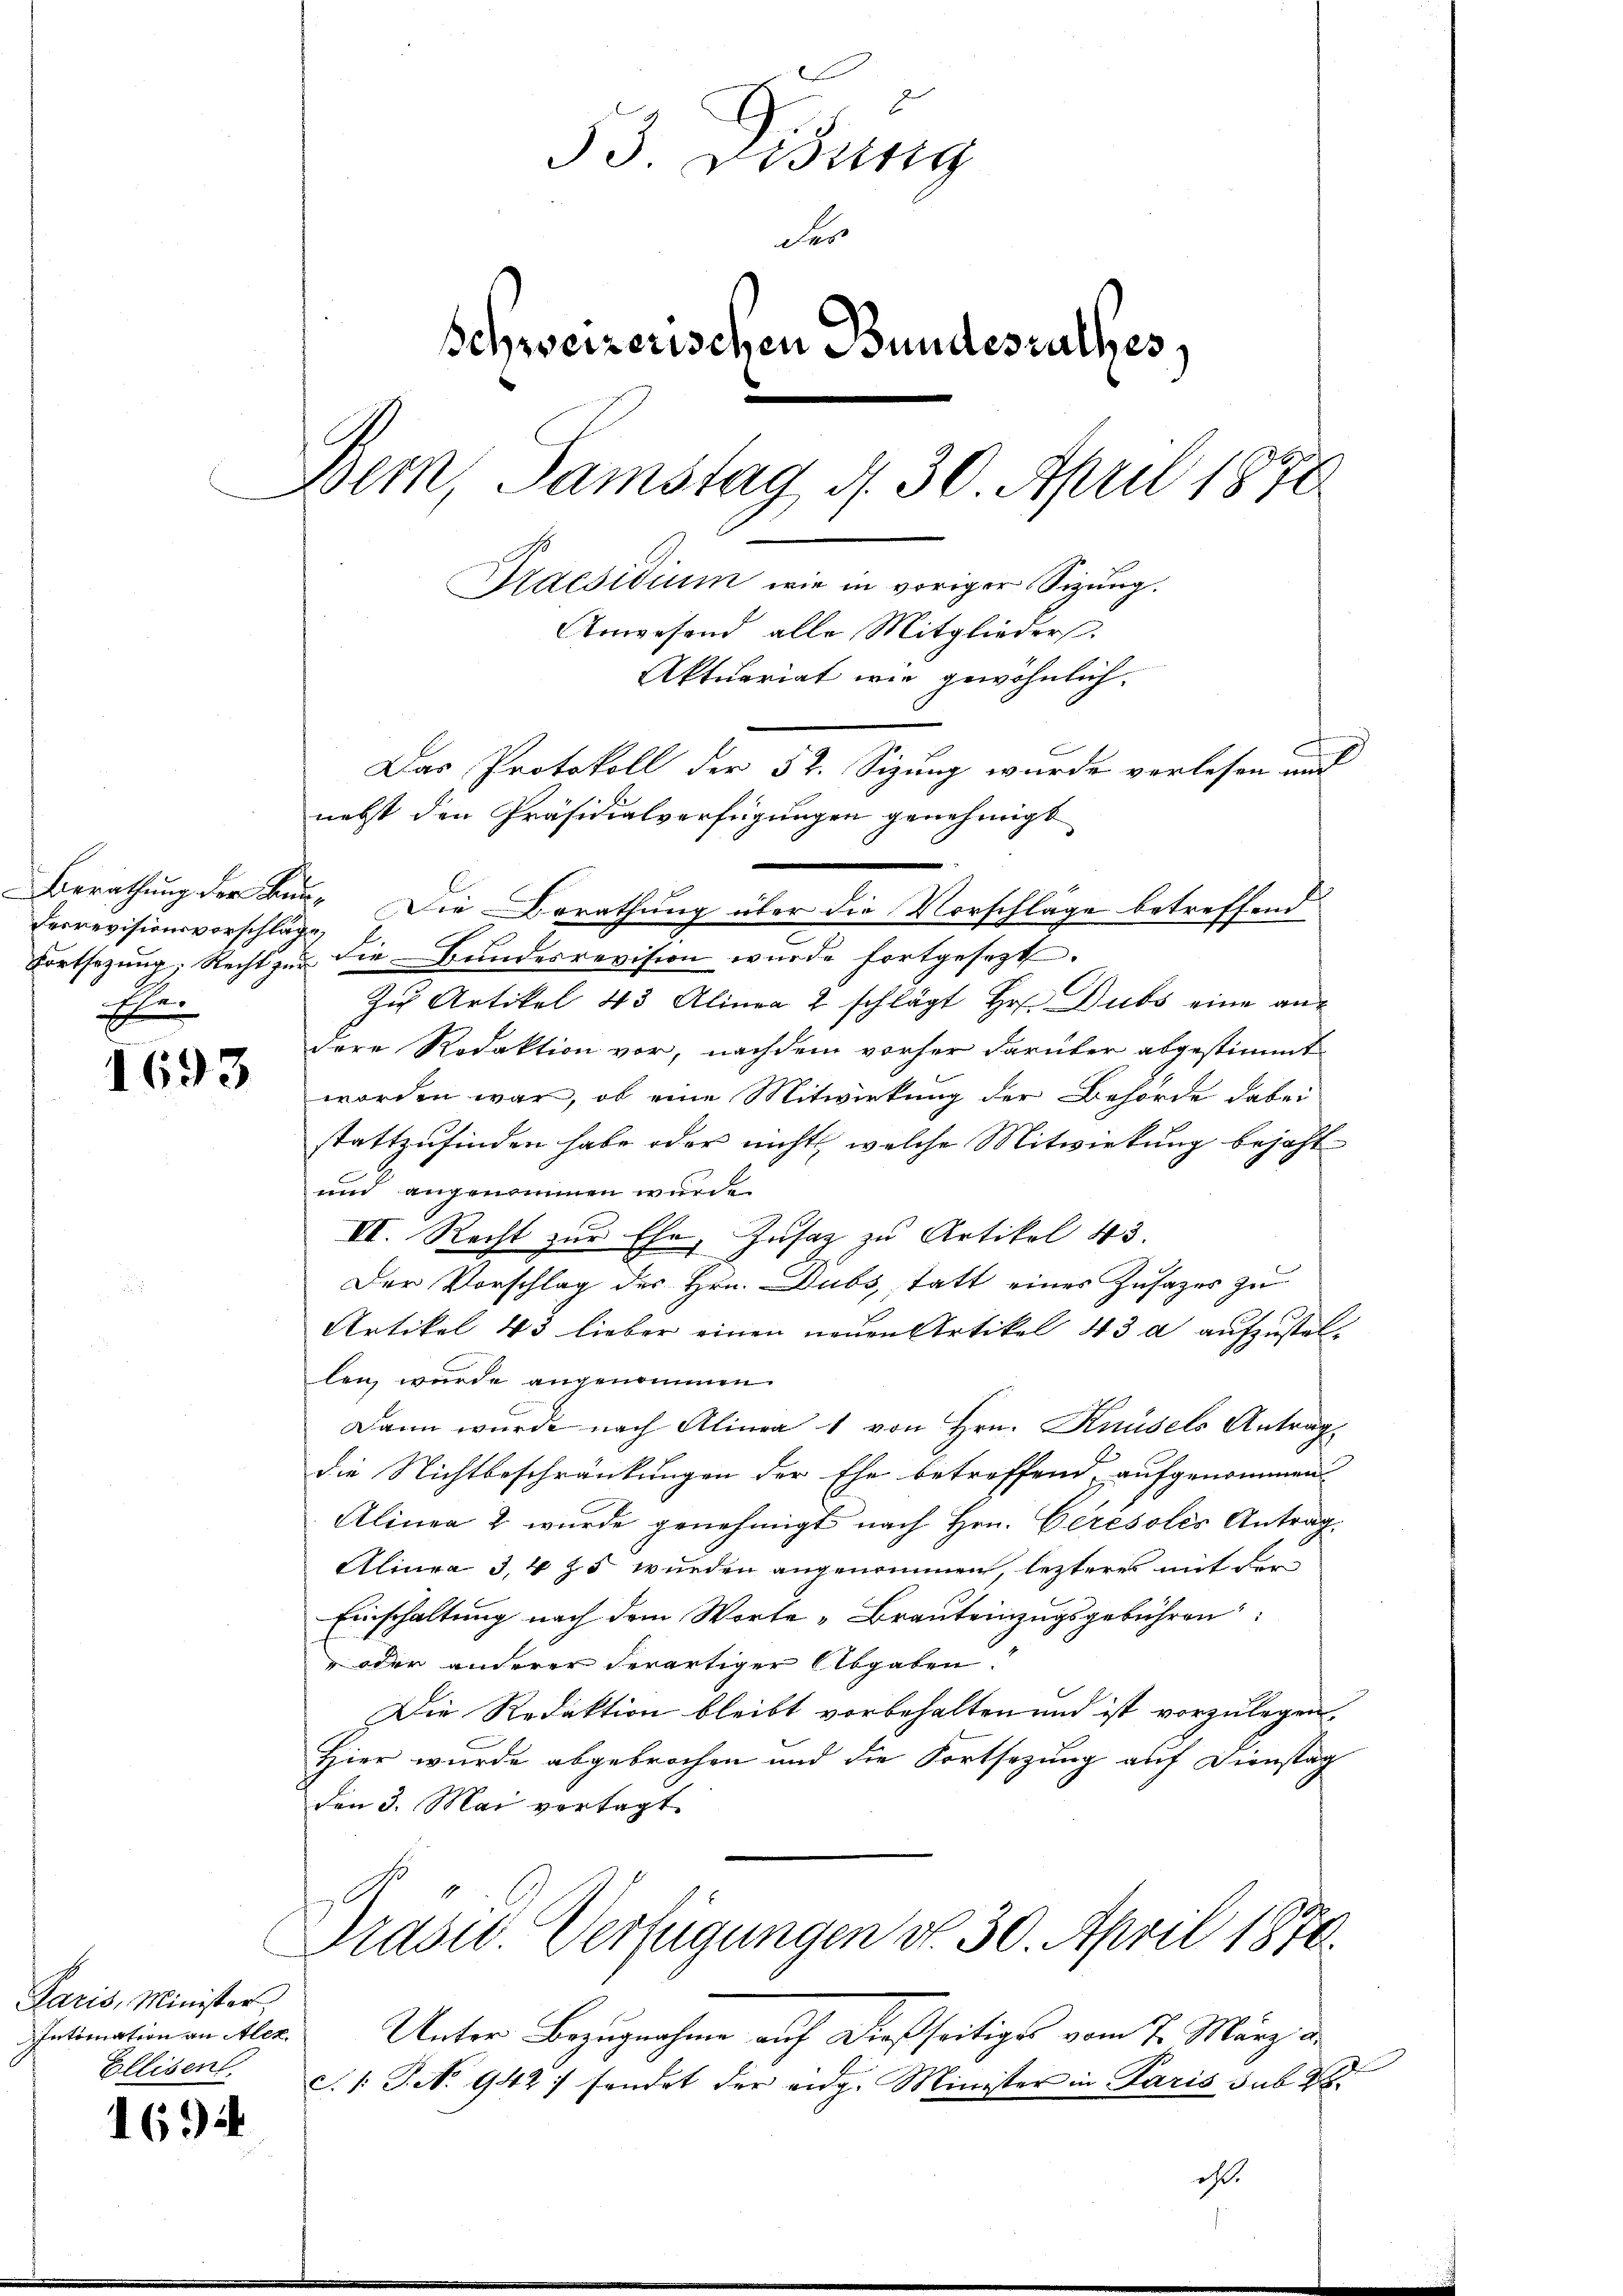
Derrevisionsvorschläge
Ehe

1693

Paris, Minister
Intimation an Alex
Ellisent.

1634

53 Disung
Fer
Schweizerischen Bundesrathes,
Bern, Samstag d. 30. April 1870
Praesidium wie in voriger Sitzung.
Anwesend alle Mitglieder.
Aktuariat wie gewöhnlich.
Das Protokoll der 52. Sizung wurde verlesen und
nebst den Präsidialverfügungen genehmigt

Fortsetzŭng, Recht zŭ die Bŭndesrevision wurde fortgesezt.
Zu Artikel 43 Alinea 2 schlägt Hr. Dubs eine andere Redaktion vor, nachdem vorher darüber abgestimmt
worden war, ob eine Mitwirkung der Behörde dabei
stattzufinden habe oder nicht, welche Mitwirkung bejaht
und angenommen wurde.
VI. Recht zur Ehe, Zusatz zu Artikel 43.
Der Vorschlag des Hrn. Dubs, statt eines Zusatzes zu
Artikel 43 lieber einen neuen Artikel 43 a aufzustellen, wurde angenommen.
Dann wurde nach Alinea 1 von Hrn. Knüsels Antrag
die Nichtbeschränkungen der Ehe betreffend aufgenommen
Alinea 2 wurde genehmigt nach Hrn. Ceresolés Antrag.
Alinea 3,4 Z. 5 wurden angenommen, lezteres mit der
Einschaltung nach dem Worte „Brauteinzugsgebühren
 oder anderer derartiger Abgaben.
Die Redaktion bleibt vorbehalten und ist vorzulegen.
Hier wurde abgebrochen und die Fortsezung auf Dienstag
den 3. Mai vertagt.
Präsid. Verfügungen v. 30. April 1870.
Unter Bezugnahme auf dießseitiges vom 7. März d.
c.1 P.N. 942 sondet der eidg. Minister in Paris sub 28.

Berathung der Bur- Die Berathung über die Vorschläge betreffend

ist.